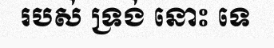
របស់ ទ្រង់ នោះ ទេ